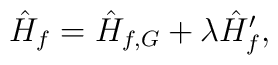
\hat{H}_f = \hat{H}_{f, G} + \lambda \hat{H}'_f,